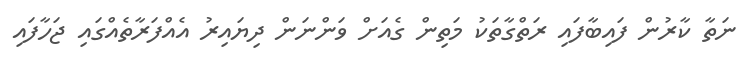
ނަތާ ކާރުން ފައިބާފައި ރަތްގާތަކު މަތިން ގެއަށް ވަންނަން ދިޔައިރު އެއްފަރާތެއްގައި ޖަހާފައި